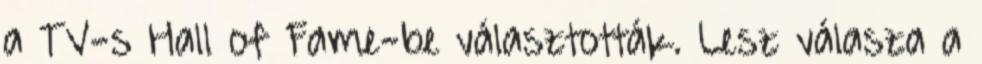
a TV-s Hall of Fame-be választották. Lesz válasza a